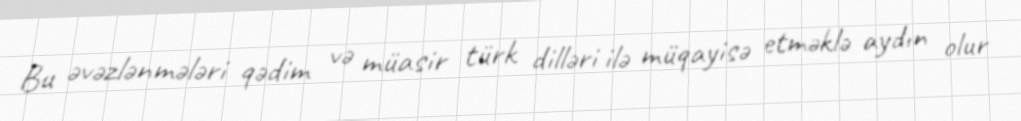
Bu əvəzlənmələri qədim və müasir türk dilləri ilə müqayisə etməklə aydın olur